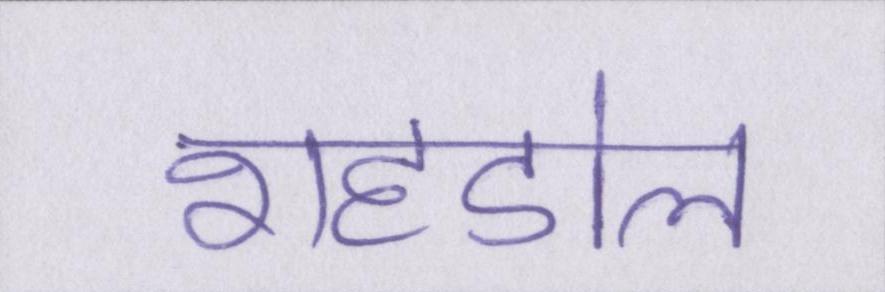
शहडोल